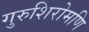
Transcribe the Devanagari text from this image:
गुरुशिरोमणि